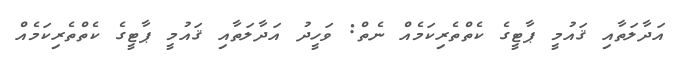
އަދާލަތާއި ޤައުމީ ޕާޓީގެ ކެތްތެރިކަމެއް ނެތް: ވަހީދު އަދާލަތާއި ޤައުމީ ޕާޓީގެ ކެތްތެރިކަމެއް